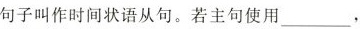
句子叫作时间状语从句。若主句使用___，